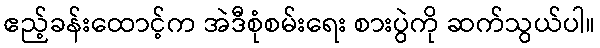
ဧည့်ခန်းထောင့်က အဲဒီစုံစမ်းရေး စားပွဲကို ဆက်သွယ်ပါ။